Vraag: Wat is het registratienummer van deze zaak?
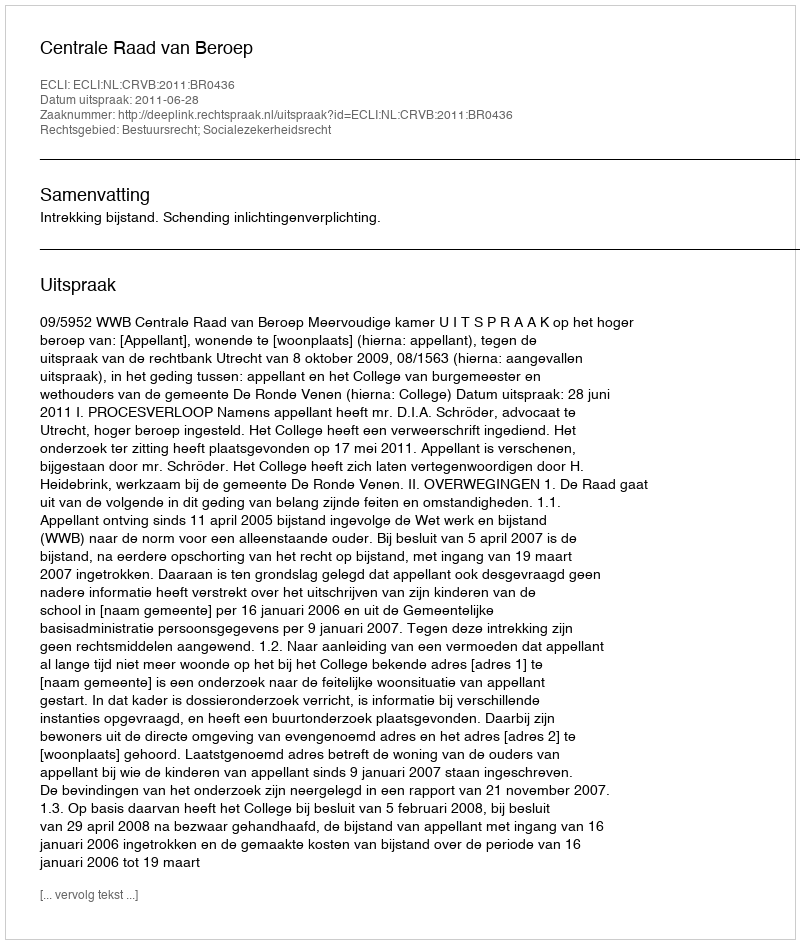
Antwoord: http://deeplink.rechtspraak.nl/uitspraak?id=ECLI:NL:CRVB:2011:BR0436